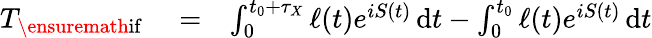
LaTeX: \begin{array}{rlr}{T_{\ensuremath{\mathrm{if}}}}&{{}=}&{\int_{0}^{t_{0}+\tau_{X}}\ell(t)e^{iS(t)}\, \mathrm{d}t-\int_{0}^{t_{0}}\ell(t)e^{iS(t)}\, \mathrm{d}t}\end{array}